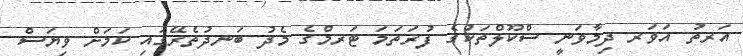
އަރތު އަވަރ ދިމާވަނީ ސްކޫލްތަކުގެ ފުރަތަމަ ޓަރމްގެ މެދު ބަނދުތެރޭގައި ކަމަށް ވިޔަސް